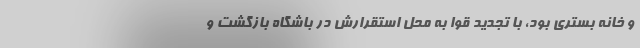
و خانه بستری بود، با تجدید قوا به محل استقرارش در باشگاه بازگشت و